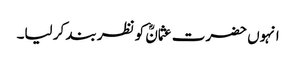
انہوں حضرت عثمانؓ کو نظر بند کر لیا۔